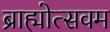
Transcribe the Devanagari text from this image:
ब्राह्मोत्सवम